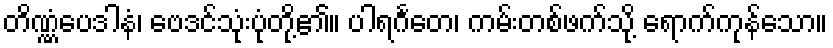
တိဏ္ဏံပေဒါနံ၊ ဗေဒင်သုံးပုံတို့၏။ ပါရင်္ဂတေ၊ ကမ်းတစ်ဖက်သို့ ရောက်ကုန်သော။